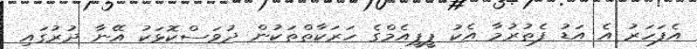
އެފަހަރު އެ އަޑު ފެތުރުމާ އެކު ޕީޕީއެމްގެ ހަރަކާތްތަކުން ދުވަސްކޮޅަކު އޭނާ ދުރުގައި